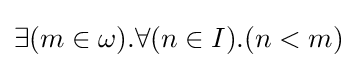
\exists (m\in \omega ).\forall (n\in I).(n<m)